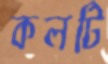
কলটি